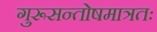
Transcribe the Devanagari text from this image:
गुरूसन्तोषमात्रतः